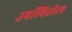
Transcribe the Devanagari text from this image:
उपस्थितीतच